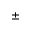
\pm